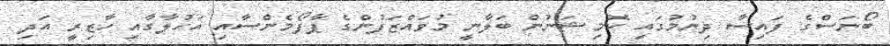
ބޯނަސްގެ ފައިސާ ދިނުމުގައި ކޮމިޝަނުން ބަލާނީ މުވައްޒަފުންގެ ޕާފޯމެންސާއި އަހުލާގާއި ހާޒިރީ އަދި